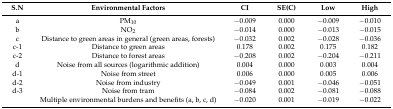
<table><thead><tr><td><b>S.N</b></td><td><b>Environmental Factors</b></td><td><b>CI</b></td><td><b>SE(C)</b></td><td><b>Low</b></td><td><b>High</b></td></tr></thead><tbody><tr><td>a</td><td>PM<sub>10</sub></td><td>−0.009</td><td>0.000</td><td>−0.009</td><td>−0.010</td></tr><tr><td>b</td><td>NO<sub>2</sub></td><td>−0.014</td><td>0.000</td><td>−0.013</td><td>−0.015</td></tr><tr><td>c</td><td>Distance to green areas in general (green areas, forests)</td><td>−0.032</td><td>0.002</td><td>−0.028</td><td>−0.036</td></tr><tr><td>c-1</td><td>Distance to green areas</td><td>0.178</td><td>0.002</td><td>0.175</td><td>0.182</td></tr><tr><td>c-2</td><td>Distance to forest areas</td><td>−0.208</td><td>0.002</td><td>−0.204</td><td>−0.211</td></tr><tr><td>d</td><td>Noise from all sources (logarithmic addition)</td><td>0.004</td><td>0.000</td><td>0.003</td><td>0.004</td></tr><tr><td>d-1</td><td>Noise from street</td><td>0.006</td><td>0.000</td><td>0.005</td><td>0.006</td></tr><tr><td>d-2</td><td>Noise from industry</td><td>−0.049</td><td>0.001</td><td>−0.046</td><td>−0.051</td></tr><tr><td>d-3</td><td>Noise from tram</td><td>−0.084</td><td>0.002</td><td>−0.081</td><td>−0.088</td></tr><tr><td></td><td>Multiple environmental burdens and benefits (a, b, c, d)</td><td>−0.020</td><td>0.001</td><td>−0.019</td><td>−0.022</td></tr></tbody></table>